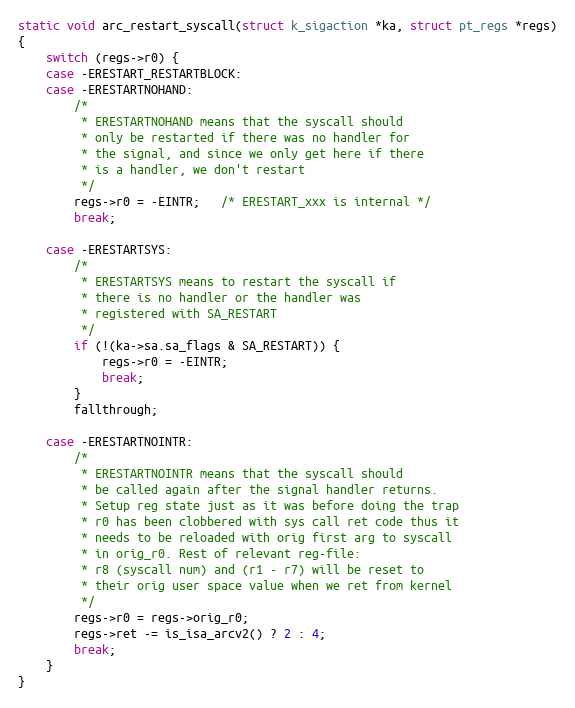
Language: C
static void arc_restart_syscall(struct k_sigaction *ka, struct pt_regs *regs)
{
	switch (regs->r0) {
	case -ERESTART_RESTARTBLOCK:
	case -ERESTARTNOHAND:
		/*
		 * ERESTARTNOHAND means that the syscall should
		 * only be restarted if there was no handler for
		 * the signal, and since we only get here if there
		 * is a handler, we don't restart
		 */
		regs->r0 = -EINTR;   /* ERESTART_xxx is internal */
		break;

	case -ERESTARTSYS:
		/*
		 * ERESTARTSYS means to restart the syscall if
		 * there is no handler or the handler was
		 * registered with SA_RESTART
		 */
		if (!(ka->sa.sa_flags & SA_RESTART)) {
			regs->r0 = -EINTR;
			break;
		}
		fallthrough;

	case -ERESTARTNOINTR:
		/*
		 * ERESTARTNOINTR means that the syscall should
		 * be called again after the signal handler returns.
		 * Setup reg state just as it was before doing the trap
		 * r0 has been clobbered with sys call ret code thus it
		 * needs to be reloaded with orig first arg to syscall
		 * in orig_r0. Rest of relevant reg-file:
		 * r8 (syscall num) and (r1 - r7) will be reset to
		 * their orig user space value when we ret from kernel
		 */
		regs->r0 = regs->orig_r0;
		regs->ret -= is_isa_arcv2() ? 2 : 4;
		break;
	}
}